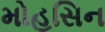
મોહસિન